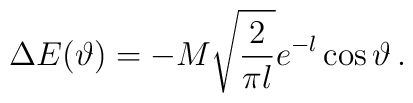
\Delta E(\vartheta )=-M\sqrt{\frac{2}{\pi l}}e^{-l}\cos \vartheta \, .